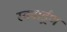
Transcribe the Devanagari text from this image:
स्क्वार्ड्रण